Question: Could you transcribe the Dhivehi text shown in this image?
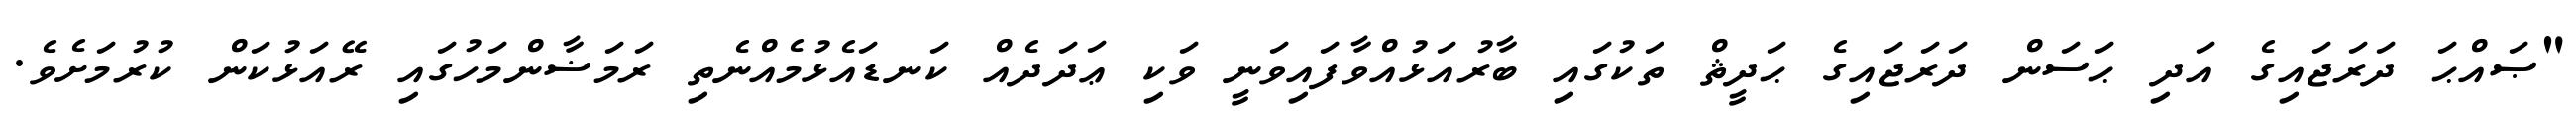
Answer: "ޞައްޙަ ދަރަޖައިގެ އަދި ޙަސަން ދަރަޖައިގެ ޙަދީޘް ތަކުގައި ބާރުއަޅުއްވާފައިވަނީ ވަކި ޢަދަދެއް ކަނޑައެޅުމެއްނެތި ރަމަޟާންމަހުގައި ރޭއަޅުކަން ކުރުމަށެވެ.